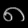
Digit: ၈